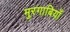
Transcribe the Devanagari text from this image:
मुरगाबियाँ